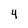
Character: 4